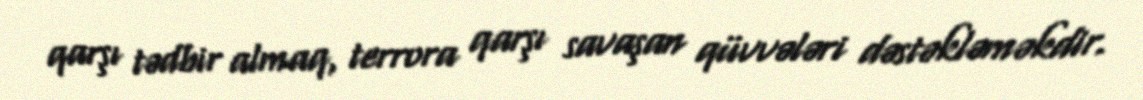
qarşı tədbir almaq, terrora qarşı savaşan qüvvələri dəstəkləməkdir.